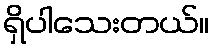
ရှိပါသေးတယ်။